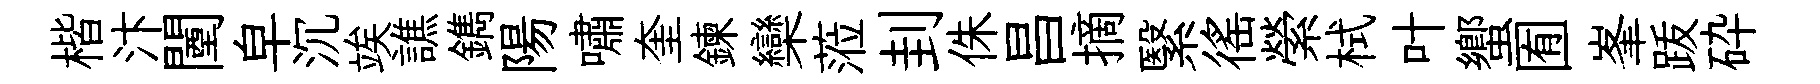
楷汴闉皁沉竢譙鐫陽嘯奎鍊欒蒞刲侏昌摘繄徭縈栻叶蠁囿峯䟦砕